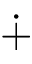
\dotplus